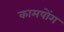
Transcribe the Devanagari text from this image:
कामपोंग